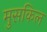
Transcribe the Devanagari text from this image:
मुसकिल